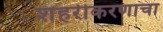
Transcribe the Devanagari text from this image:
शहरीकरणाचा